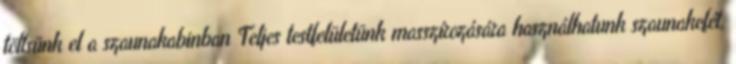
töltsünk el a szaunakabinban Teljes testfelületünk masszírozására használhatunk szaunakefét,